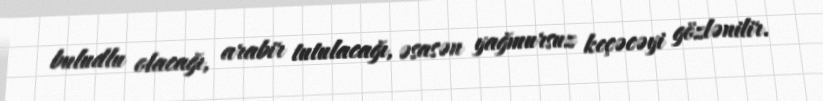
buludlu olacağı, arabir tutulacağı, əsasən yağmursuz keçəcəyi gözlənilir.